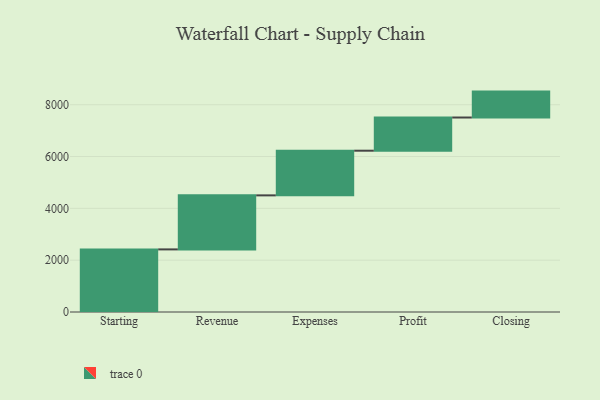
{"axis": {"x": "Step", "y": "Value"}, "legend": [""], "data": [{"x": "Starting", "y": 2416.0, "type": ""}, {"x": "Revenue", "y": 2085.0, "type": ""}, {"x": "Expenses", "y": 1724.0, "type": ""}, {"x": "Profit", "y": 1281.0, "type": ""}, {"x": "Closing", "y": 1000, "type": ""}]}